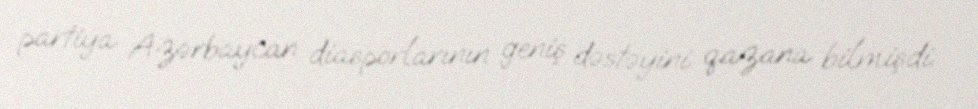
partiya Azərbaycan diasporlarının geniş dəstəyini qazana bilmişdi.